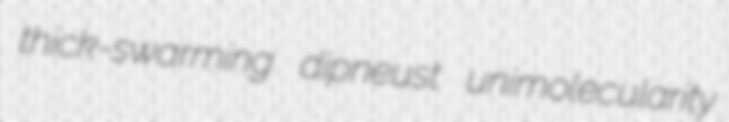
thick-swarming dipneust unimolecularity